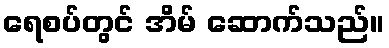
ရေစပ်တွင် အိမ် ဆောက်သည်။